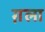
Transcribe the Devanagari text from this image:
ग़ला